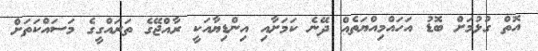
އޮތް ގުޅުމަށް ބޮޑު އަހައްމިއްޔަތެއް ދޭނެ ކަމަށާއި އިންޑިޔާއަކީ ރާއްޖޭގެ ތަރައްގީގެ މަސައްކަތަށް